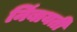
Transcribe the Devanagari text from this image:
निंबायती